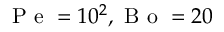
\mathrm { ~ P ~ e ~ } = 1 0 ^ { 2 } , \mathrm { ~ B ~ o ~ } = 2 0